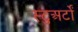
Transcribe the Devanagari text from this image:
स्टुअर्टों